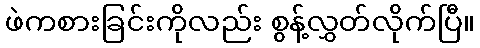
ဖဲကစားခြင်းကိုလည်း စွန့်လွှတ်လိုက်ပြီ။